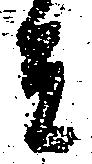
者